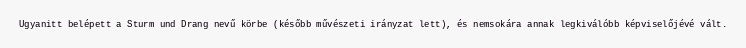
Ugyanitt belépett a Sturm und Drang nevű körbe (később művészeti irányzat lett), és nemsokára annak legkiválóbb képviselőjévé vált.